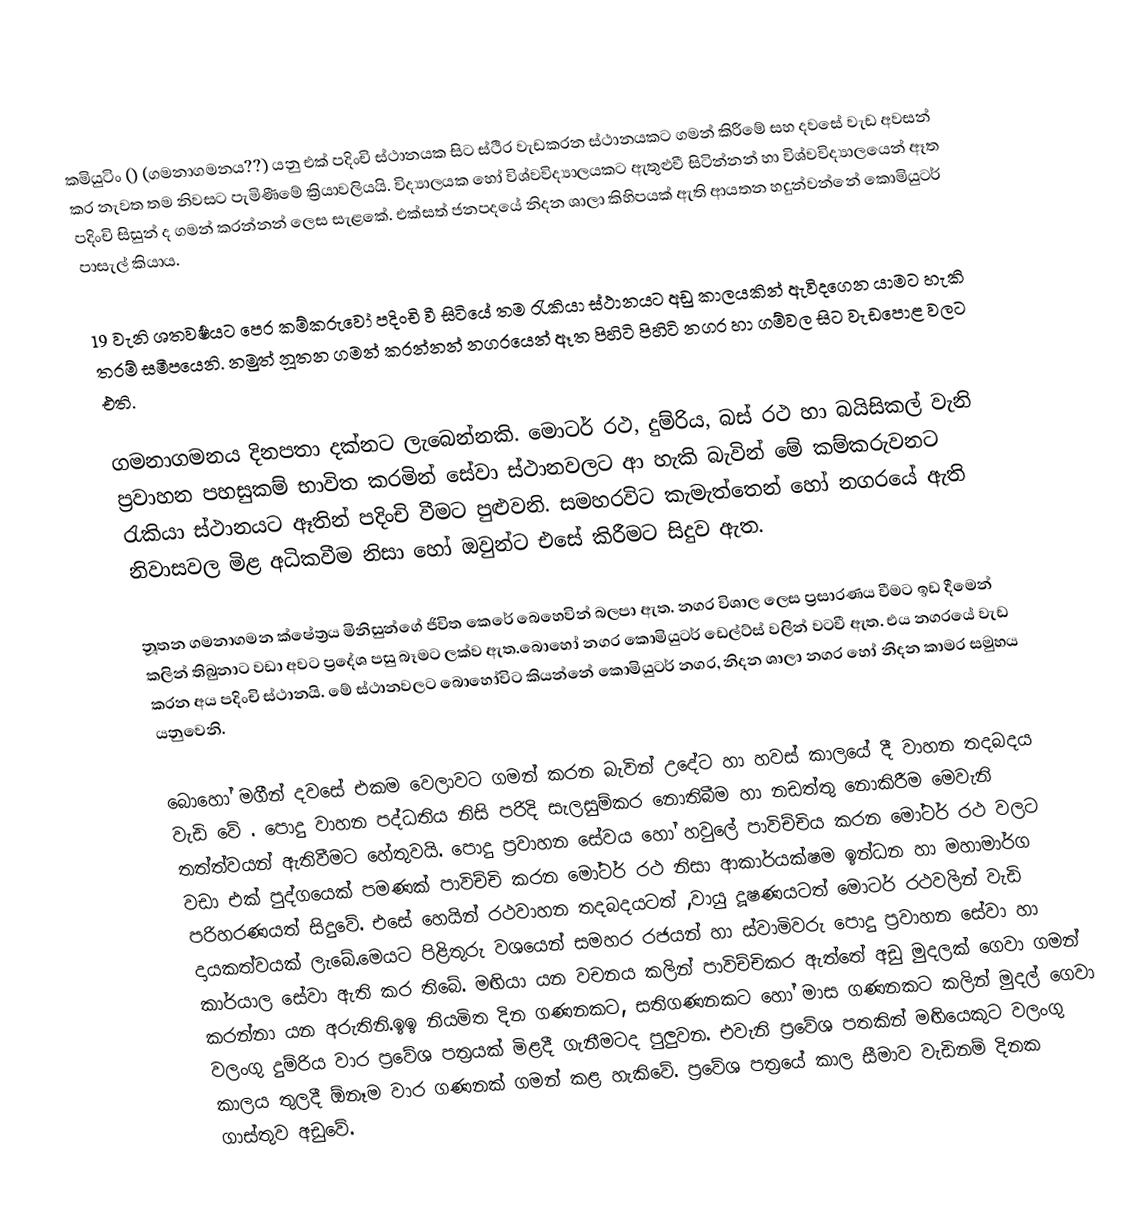
කමියුටිං () (ගමනාගමනය??) යනු එක් පදිංචි ස්ථානයක සිට ස්ථිර වැඩකරන ස්ථානයකට ගමන් කිරීමේ සහ දවසේ වැඩ අවසන් කර නැවත තම නිවසට පැමිණීමේ ක්‍රියාවලියයි. විද්‍යාලයක හෝ විශ්වවිද්‍යාලයකට ඇතුළුවී සිටින්නන් හා විශ්වවිද්‍යාලයෙන් ඈත පදිංචි සිසුන් ද ගමන් කරන්නන් ලෙස සැළකේ. එක්සත් ජනපදයේ නිදන ශාලා කිහිපයක් ඇති ආයතන හදුන්වන්නේ කොමියුටර් පාසැල් කියාය.

19 වැනි ශතවර්‍ෂයට පෙර කම්කරුවෝ පදිංචි වී සිටියේ තම රැකියා ස්ථානයට අඩු කාලයකින් ඇවිදගෙන යාමට හැකි තරම්  සමීපයෙනි.  නමුත් නූතන ගමන් කරන්නන් නගරයෙන් ඈත පිහිටි  පිහිටි නගර හා ගම්වල සිට වැඩපොළ වලට එති.

ගමනාගමනය  දිනපතා දක්නට ලැබෙන්නකි. මොටර් රථ, දුම්රිය, බස් රථ හා බයිසිකල් වැනි ප්‍රවාහන පහසුකම් භාවිත කරමින් සේවා ස්ථානවලට ආ හැකි බැවින් මේ කම්කරුවනට රැකියා ස්ථානයට ඈතින් පදිංචි වීමට පුළුවනි. සමහරවිට කැමැත්තෙන් හෝ නගරයේ ඇති නිවාසවල මිළ අධිකවීම නිසා හෝ ඔවුන්ට එසේ කිරීමට සිදුව ඇත.

නූතන ගමනාගමන ක්ෂේත්‍රය මිනිසුන්ගේ ජිවිත කෙරේ බෙහෙවින් බලපා ඇත. නගර විශාල ලෙස ප්‍රසාරණය වීමට ඉඩ දීමෙන් කලින් තිබුනාට වඩා අවට ප්‍රදේශ පසු බෑමට ලක්ව ඇත.බො‍හෝ නගර කොමියුටර් ‍ඩෙල්ට්ස් වලින් වටවී ඇත. එය නගරයේ වැඩ කරන අය පදිංචි ස්ථානයි. මේ ස්ථානවලට බො‍හෝවිට කියන්නේ කොමියු‍ටර් නගර, නිදන ශාලා නගර හෝ  නිදන කාමර සමුහය යනුවෙනි.

බොහෝ මගීන් දවසේ එකම වෙලාවට ගමන් කරන බැවින් උදේට හා හවස්  කාලයේ දී  වාහන තදබදය වැඩි වේ . ‍පොදු වාහන පද්ධතිය නිසි පරිදි සැලසුම්කර නොතිබීම හා නඩත්තු නොකිරීම  මෙවැනි තත්ත්වයන් ඇතිවීමට හේතුවයි. පොදු ප්‍රවාහන සේවය හෝ හවුලේ පාවිච්චිය කරන මෝටර් රථ වලට වඩා එක් පුද්ගයෙක් පමණක් පාවිච්චි කරන මෝටර් රථ නිසා ආකාර්යක්ෂම   ඉන්ධන හා මහාමාර්ග පරිහරණයත් සිදුවේ. එසේ හෙයින් රථවාහන තදබදයටත් ,වායු දූෂණයටත් මොටර් රථවලින් වැඩි දායකත්වයක් ලැබේ.මෙයට පිළිතුරු වශයෙන් සමහර රජයන් හා ස්වාමිවරු පොදු ප්‍රවාහන සේවා හා කාර්යාල සේවා ඇති කර තිබේ. මඟියා යන වචනය කලින් පාවිච්චිකර ඇත්තේ අඩු මුදලක් ගෙවා ගමන් කරන්නා යන අරුතිනි.ඉඉ නියමිත දින ගණනකට, සතිගණනකට හෝ මාස ගණනකට කලින් මුදල් ගෙවා වලංගු දුම්රිය වාර ප්‍රවේශ පත්‍රයක්  මිළදී ගැනීමටද පුලුවන. එවැනි ප්‍රවේශ පතකින් මඟියෙකුට වලංගු කාලය තුලදී ඕනෑම වාර ගණනක් ගමන් කළ හැකිවේ. ප්‍ර‍වේශ පත්‍රයේ කාල සීමාව වැඩිනම් දිනක ගාස්තුව අඩුවේ.